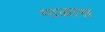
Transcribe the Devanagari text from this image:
गाळास